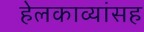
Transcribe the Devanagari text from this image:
हेलकाव्यांसह